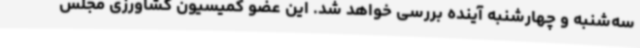
سه‌شنبه و چهارشنبه آینده بررسی خواهد شد. این عضو کمیسیون کشاورزی مجلس